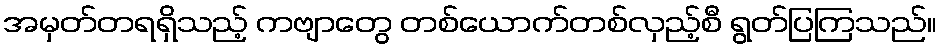
အမှတ်တရရှိသည့် ကဗျာတွေ တစ်ယောက်တစ်လှည့်စီ ရွတ်ပြကြသည်။